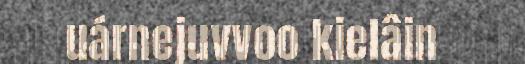
uárnejuvvoo kielâin